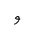
Letter: _waw